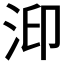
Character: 𱦐